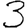
Digit: 3